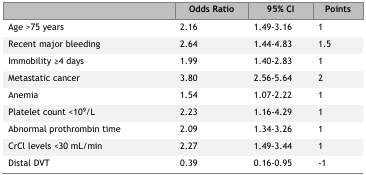
<table><thead><tr><td></td><td><b>Odds Ratio</b></td><td><b>95% CI</b></td><td><b>Points</b></td></tr></thead><tbody><tr><td>Age &gt;75 years</td><td>2.16</td><td>1.49–3.16</td><td>1</td></tr><tr><td>Recent major bleeding</td><td>2.64</td><td>1.44–4.83</td><td>1.5</td></tr><tr><td>Immobility ≥4 days</td><td>1.99</td><td>1.40–2.83</td><td>1</td></tr><tr><td>Metastatic cancer</td><td>3.80</td><td>2.56–5.64</td><td>2</td></tr><tr><td>Anemia</td><td>1.54</td><td>1.07–2.22</td><td>1</td></tr><tr><td>Platelet count &lt;10<sup>9</sup>/L</td><td>2.23</td><td>1.16–4.29</td><td>1</td></tr><tr><td>Abnormal prothrombin time</td><td>2.09</td><td>1.34–3.26</td><td>1</td></tr><tr><td>CrCl levels &lt;30 mL/min</td><td>2.27</td><td>1.49–3.44</td><td>1</td></tr><tr><td>Distal DVT</td><td>0.39</td><td>0.16–0.95</td><td>−1</td></tr></tbody></table>